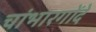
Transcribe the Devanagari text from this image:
चांभारगोंदे